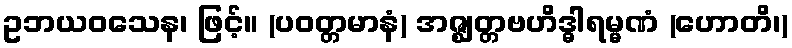
ဥဘယဝသေန၊ ဖြင့်။ (ပဝတ္တမာနံ) အဇ္ဈတ္တဗဟိဒ္ဓါရမ္မဏံ (ဟောတိ၊)